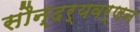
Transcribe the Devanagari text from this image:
सौन्दर्यवर्णन